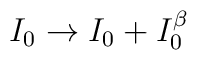
I_0 \rightarrow I_0+I_0^{\beta}